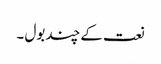
نعت کے چند بول ۔